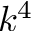
k ^ { 4 }